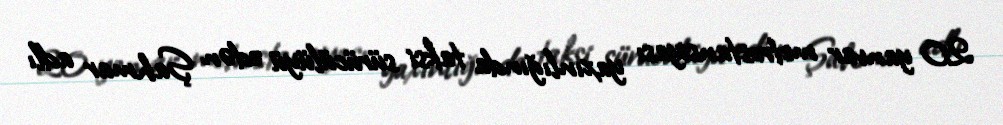
20 yanvar metrostansiyası yaxınlığında taksi sürücülüyü edən Şahmar adlı